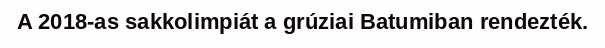
A 2018-as sakkolimpiát a grúziai Batumiban rendezték.